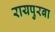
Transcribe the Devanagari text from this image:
रायपुरबा